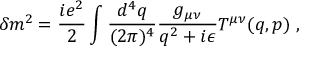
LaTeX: \delta m ^ { 2 } = \frac { i e ^ { 2 } } { 2 } \int \frac { d ^ { 4 } q } { ( 2 \pi ) ^ { 4 } } \frac { g _ { \mu \nu } } { q ^ { 2 } + i \epsilon } T ^ { \mu \nu } ( q , p ) \ ,